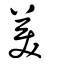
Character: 美